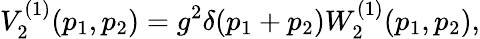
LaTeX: V_{2}^{(1)}(p_{1},p_{2})=g^{2}\delta(p_{1}+p_{2})W_{2}^{(1)}(p_{1},p_{2}),